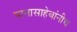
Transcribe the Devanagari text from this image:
नानासाहेबांनीच